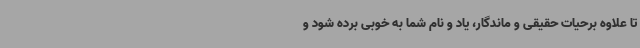
تا علاوه برحیات حقیقی و ماندگار، یاد و نام شما به خوبی برده شود و